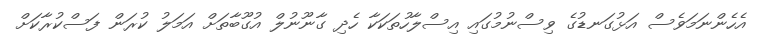
އެހެންނަމަވެސް އަޅުގަނޑުގެ ވިސްނުމުގައި އިސްލާހުތަކަކާ ހެދި ގާނޫނުލް އުގޫބާތަށް އަމަލު ކުރަން ފަސްކުރާކަށް